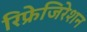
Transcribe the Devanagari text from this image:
रिफ्रेजिरेशन